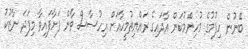
ބޭނުން ހިފުމުގެ މުހިންމުކަން އާދައިގެ ރައްޔިތުމީހާއަށް އިހުސާސް ވާން ފަށާފައިވާ މިފަދަ ނާޒުކު